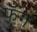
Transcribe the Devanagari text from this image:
फँग